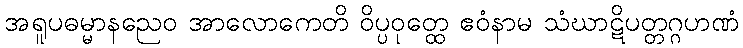
အရူပဓမ္မာနညေဝ အာလောကေတိ ဝိပ္ပဝုတ္ထေ ဧဝံနာမ သံဃာဋိပတ္တဂ္ဂဟဏံ